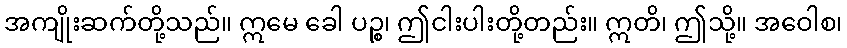
အကျိုးဆက်တို့သည်။ ဣမေ ခေါ ပဉ္စ၊ ဤငါးပါးတို့တည်း။ ဣတိ၊ ဤသို့။ အဝေါစ၊